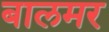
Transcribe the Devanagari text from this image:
बालमर